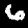
Label: 6